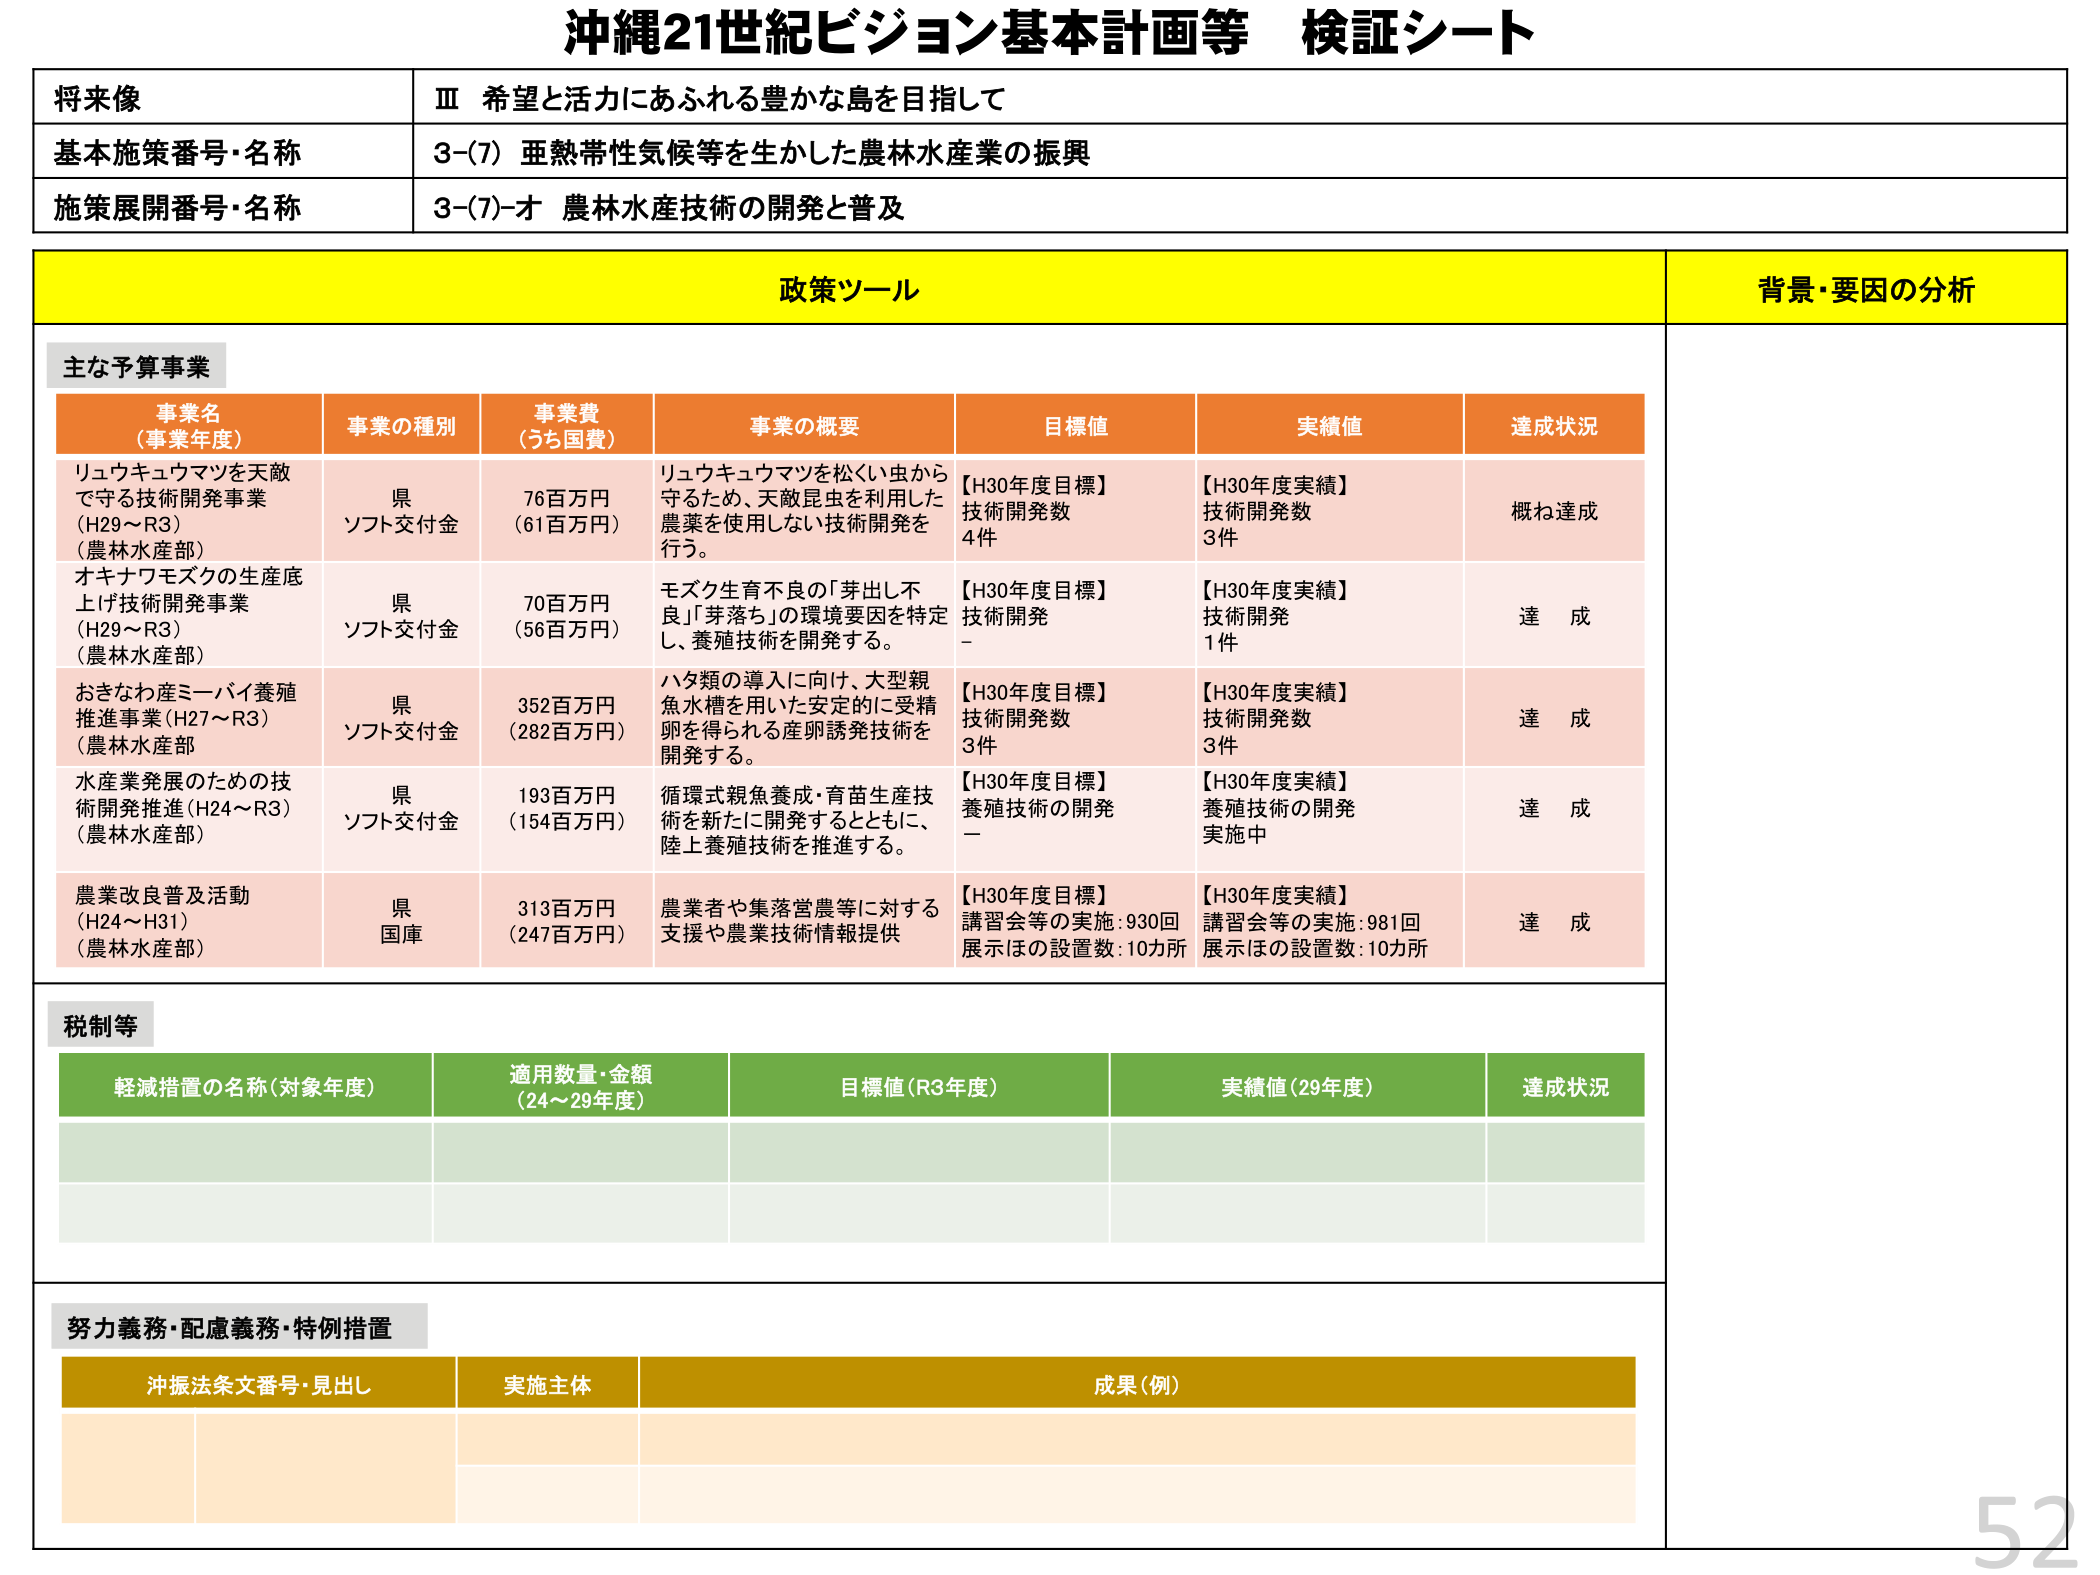
沖縄21世紀ビジョン基本計画等 検証シート

将来像
Ⅲ 希望と活力にあふれる豊かな島を目指して

基本施策番号・名称
3-(7) 亜熱帯性気候等を生かした農林水産業の振興

施策展開番号・名称
3-(7)-オ 農林水産技術の開発と普及

政策ツール
背景・要因の分析

主な予算事業

事業名（事業年度）
事業の種別
事業費（うち国費）
事業の概要
目標値
実績値
達成状況

リュウキュウマツを天敵で守る技術開発事業（H29～R3）（農林水産部）
県ソフト交付金
76百万円（61百万円）
リュウキュウマツを松くい虫から守るため、天敵昆虫を利用した農薬を使用しない技術開発を行う。
【H30年度目標】技術開発数 4件
【H30年度実績】技術開発数 3件
概ね達成

オキナワモズクの生産底上げ技術開発事業（H29～R3）（農林水産部）
県ソフト交付金
70百万円（56百万円）
モズク生育不良の「芽出し不良」「芽落ち」の環境要因を特定し、養殖技術を開発する。
【H30年度目標】技術開発 -
【H30年度実績】技術開発 1件
達成

おきなわ産ミーバイ養殖推進事業（H27～R3）（農林水産部）
県ソフト交付金
352百万円（282百万円）
ハタ類の導入に向け、大型親魚水槽を用いた安定的に受精卵を得られる産卵誘発技術を開発する。
【H30年度目標】技術開発数 3件
【H30年度実績】技術開発数 3件
達成

水産業発展のための技術開発推進（H24～R3）（農林水産部）
県ソフト交付金
193百万円（154百万円）
循環式親魚養成・育苗生産技術を新たに開発するとともに、陸上養殖技術を推進する。
【H30年度目標】養殖技術の開発 -
【H30年度実績】養殖技術の開発 実施中
達成

農業改良普及活動（H24～H31）（農林水産部）
県国庫
313百万円（247百万円）
農業者や集落営農等に対する支援や農業技術情報提供
【H30年度目標】講習会等の実施：930回 展示ほの設置数：10カ所
【H30年度実績】講習会等の実施：981回 展示ほの設置数：10カ所
達成

税制等

軽減措置の名称（対象年度）
適用数量・金額（24～29年度）
目標値（R3年度）
実績値（29年度）
達成状況

努力義務・配慮義務・特例措置

沖振法条文番号・見出し
実施主体
成果（例）

52